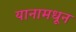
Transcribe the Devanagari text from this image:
यानामधून